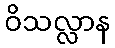
ဝိသလ္လာန